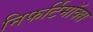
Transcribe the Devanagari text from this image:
निफर्टिमॉक्स